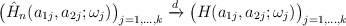
\begin{align*} \bigl(\hat H_n(a_{1j},a_{2j};\omega_j) \bigr)_{j=1,\ldots,k} \xrightarrow{d} \bigl(H(a_{1j},a_{2j};\omega_j) \bigr)_{j=1,\ldots,k}\end{align*}